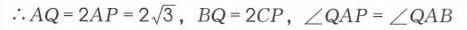
\(\therefore AQ = 2AP = 2\sqrt{3}\)，\(BQ = 2CP\)，\(\angle QAP=\angle QAB\)